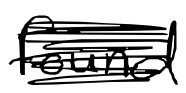
Text: found
Cross-out: scratch
Writing tool: digital_black